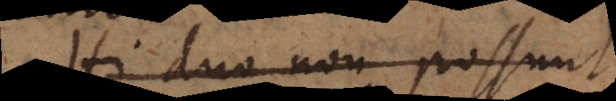
Hi duo non possunt